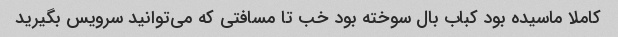
کاملا ماسیده بود کباب بال سوخته بود خب تا مسافتی که می‌توانید سرویس بگیرید